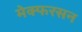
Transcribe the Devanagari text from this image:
मेक्फरसन